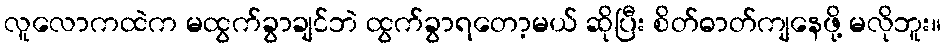
လူလောကထဲက မထွက်ခွာချင်ဘဲ ထွက်ခွာရတော့မယ် ဆိုပြီး စိတ်ဓာတ်ကျနေဖို့ မလိုဘူး။